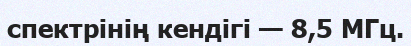
спектрінің кендігі — 8,5 МГц.